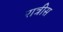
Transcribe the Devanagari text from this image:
रात्रीस